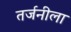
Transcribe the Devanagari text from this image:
तर्जनीला